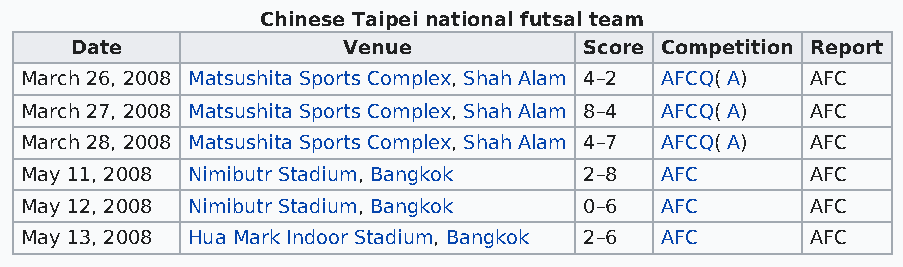
Chinese Taipei national futsal team
 Date              Venue           Score Competition Report
 March 26, 2008 Matsushita Sports Complex, Shah Alam 4–2 AFCQ( A) AFC
 March 27, 2008 Matsushita Sports Complex, Shah Alam 8–4 AFCQ( A) AFC
 March 28, 2008 Matsushita Sports Complex, Shah Alam 4–7 AFCQ( A) AFC
 May 11, 2008 Nimibutr Stadium, Bangkok 2–8 AFC       AFC
 May 12, 2008 Nimibutr Stadium, Bangkok 0–6 AFC       AFC
 May 13, 2008 Hua Mark Indoor Stadium, Bangkok 2–6 AFC AFC